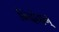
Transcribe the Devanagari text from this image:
भिदोइन्